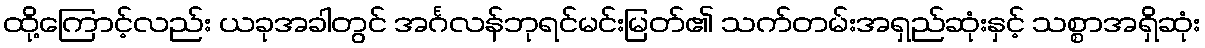
ထို့ကြောင့်လည်း ယခုအခါတွင် အင်္ဂလန်ဘုရင်မင်းမြတ်၏ သက်တမ်းအရှည်ဆုံးနှင့် သစ္စာအရှိဆုံး